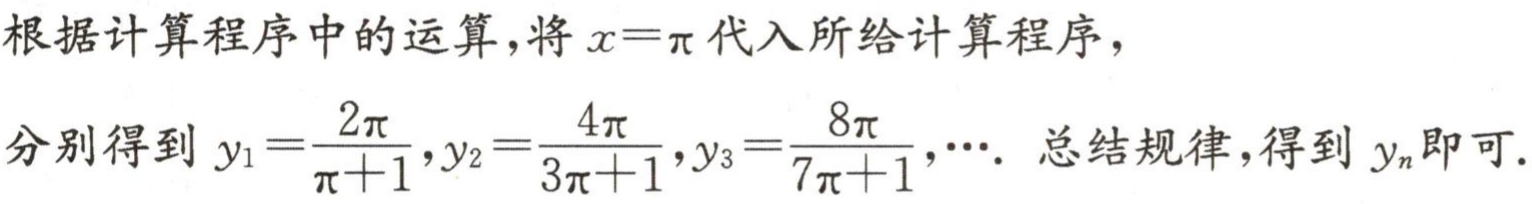
根据计算程序中的运算，将\(x = \pi\)代入所给计算程序，

分别得到\(y_{1}=\dfrac{2\pi}{\pi + 1},y_{2}=\dfrac{4\pi}{3\pi + 1},y_{3}=\dfrac{8\pi}{7\pi + 1},\cdots\). 总结规律，得到\(y_{n}\)即可.